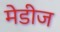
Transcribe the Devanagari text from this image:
मेडीज